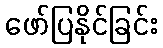
ဖော်ပြနိုင်ခြင်း